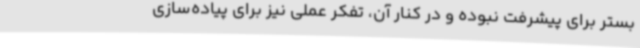
بستر برای پیشرفت نبوده و در کنار آن، تفکر عملی نیز برای پیاده‌سازی